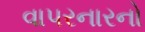
વાપરનારનો